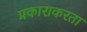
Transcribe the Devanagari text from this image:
प्रकाराकरता